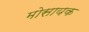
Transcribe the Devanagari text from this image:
मोसायक